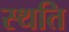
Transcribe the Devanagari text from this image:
स्‍थति